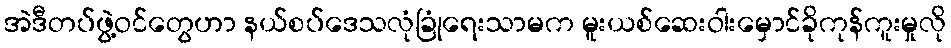
အဲဒီတပ်ဖွဲ့ဝင်တွေဟာ နယ်စပ်ဒေသလုံခြုံရေးသာမက မူးယစ်ဆေးဝါးမှောင်ခိုကုန်ကူးမှုလို